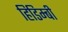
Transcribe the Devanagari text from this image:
हिडिम्बी